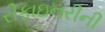
રીફાઇનરીની